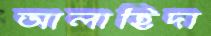
আলাহিদা